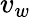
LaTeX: v_{w}